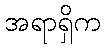
အရာရှိက